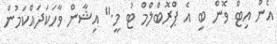
އެން އިޓް ވޮން ބީ އެ ޕްރޮބްލްމް ޓު މީ." އިޝާން ވާހަކަދައްކަމުން